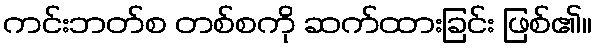
ကင်းဘတ်စ တစ်စကို ဆက်ထားခြင်း ဖြစ်၏။